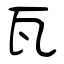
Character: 瓦